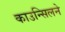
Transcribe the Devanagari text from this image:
काउन्सिलने